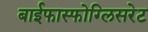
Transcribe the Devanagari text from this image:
बाईफास्फोग्लिसरेट